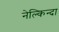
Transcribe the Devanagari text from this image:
नेल्किन्दा